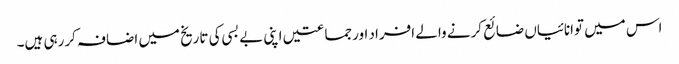
اس میں توانائیاں ضائع کرنے والے افراد اورجماعتیں اپنی بے بسی کی تاریخ میں اضافہ کررہی ہیں۔